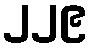
၂၂၉